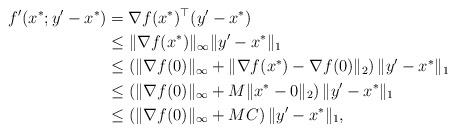
LaTeX: \begin{align*}f'(x^*;y'-x^*) &=\nabla f(x^*)^\top(y'-x^*)\\&\le\|\nabla f(x^*)\|_\infty\|y'-x^*\|_1\\&\le\left(\|\nabla f(0)\|_\infty+\|\nabla f(x^*)-\nabla f(0)\|_2\right)\|y'-x^*\|_1\\&\le\left(\|\nabla f(0)\|_\infty+M\|x^*-0\|_2\right)\|y'-x^*\|_1\\&\le\left(\|\nabla f(0)\|_\infty+MC\right)\|y'-x^*\|_1,\end{align*}